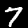
Label: 7